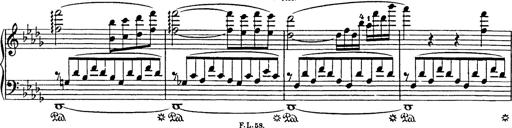
Title: Consolations
Composer: Franz Liszt